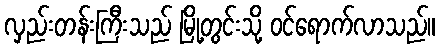
လှည်းတန်းကြီးသည် မြို့တွင်းသို့ ဝင်ရောက်လာသည်။